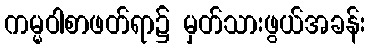
ကမ္မဝါစာဖတ်ရာ၌ မှတ်သားဖွယ်အခန်း